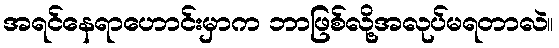
အရင်နေရာဟောင်းမှာက ဘာဖြစ်လို့အလုပ်မရတာလဲ။